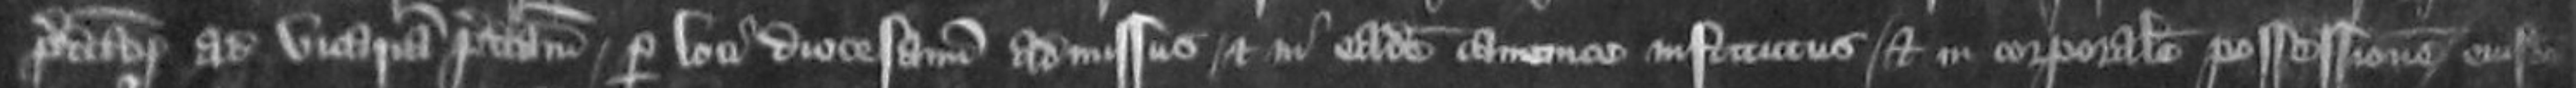
predictorum ad vicariam predictam per loci diocesanum admissus et in eadem canonice institutus et in corporale possessionem eiusdem